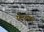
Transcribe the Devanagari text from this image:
घेवरीकर